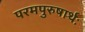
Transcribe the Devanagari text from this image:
परमपुरुषार्थः